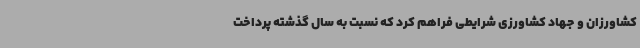
کشاورزان و جهاد کشاورزی شرایطی فراهم کرد که نسبت به سال گذشته پرداخت